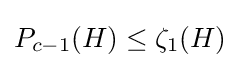
P_{c-1}(H)\leq \zeta _{1}(H)